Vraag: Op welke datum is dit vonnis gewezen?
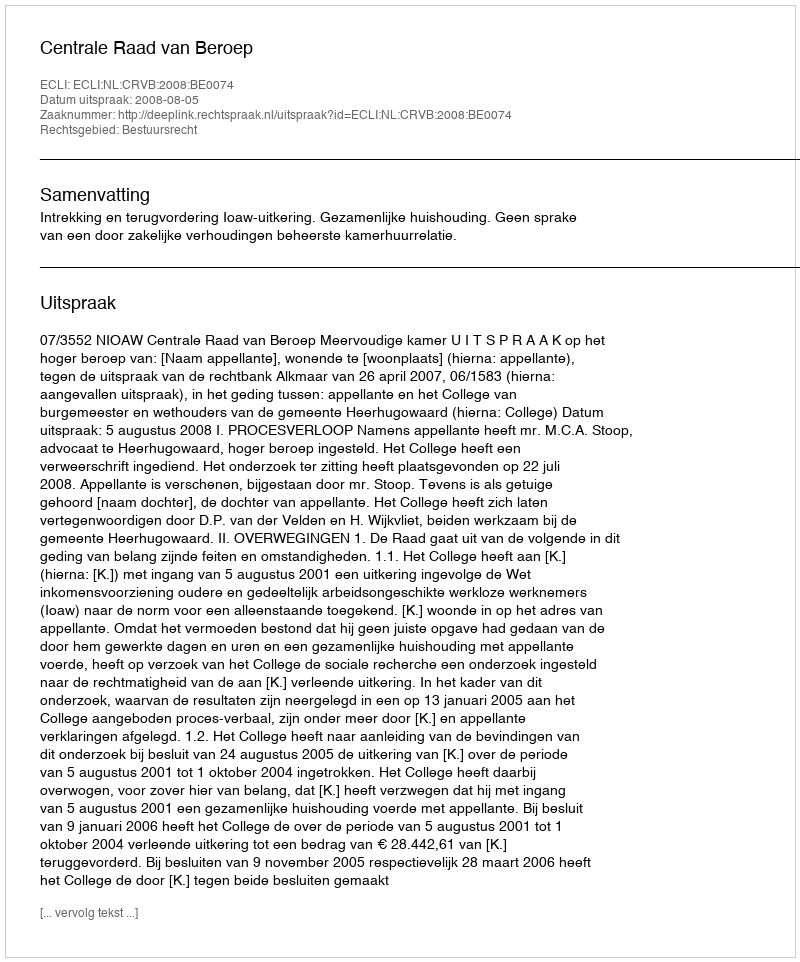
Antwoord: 2008-08-05